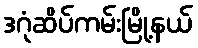
ဒဂုံဆိပ်ကမ်းမြို့နယ်